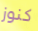
كنوز